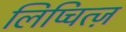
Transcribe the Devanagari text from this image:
लिप्चित्ज़